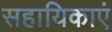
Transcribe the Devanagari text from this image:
सहायिकाएं